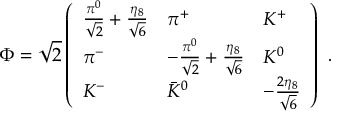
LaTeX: \Phi = \sqrt { 2 } \left( \begin{array} { l l l } { { \frac { \pi ^ { 0 } } { \sqrt { 2 } } + \frac { \eta _ { 8 } } { \sqrt { 6 } } } } & { { \pi ^ { + } } } & { { K ^ { + } } } \\ { { \pi ^ { - } } } & { { - \frac { \pi ^ { 0 } } { \sqrt { 2 } } + \frac { \eta _ { 8 } } { \sqrt { 6 } } } } & { { K ^ { 0 } } } \\ { { K ^ { - } } } & { { { \bar { K } } ^ { 0 } } } & { { - \frac { 2 \eta _ { 8 } } { \sqrt { 6 } } } } \end{array} \right) \ .